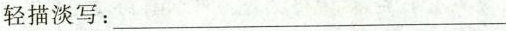
轻描淡写:___